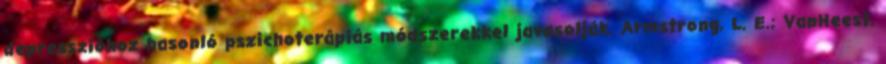
depresszióhoz hasonló pszichoterápiás módszerekkel javasolják. Armstrong, L. E.; VanHeest,